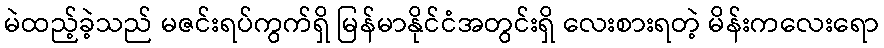
မဲထည့်ခဲ့သည် မဇင်းရပ်ကွက်ရှိ မြန်မာနိုင်ငံအတွင်းရှိ လေးစားရတဲ့ မိန်းကလေးရော